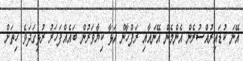
އޭނަ ކުޑައިރުއްސުރެން އެންމެން އޭނައާއި ރަފްހާން އަޅާ ކިޔާވަރުން ބައެއްފަހަރު ރުޅިގަދަވެ ހިތަށް